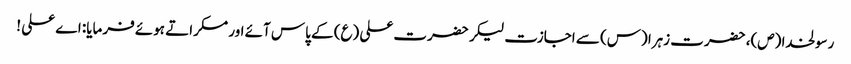
رسولخدا (ص)، حضرت زہرا (س) سے اجازت لیکر حضرت علی (ع) کے پاس آئے اور مسکراتے ہوئے فرمایا: اے علی !